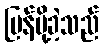
ပြန်ပို့ခဲ့သည်